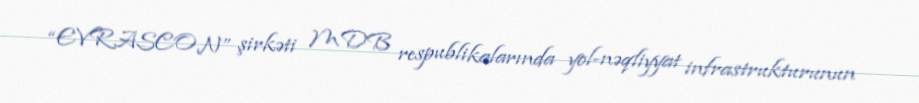
“EVRASCON” şirkəti MDB respublikalarında yol-nəqliyyat infrastrukturunun